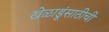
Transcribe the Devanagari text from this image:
खेळाडूंसाठीची